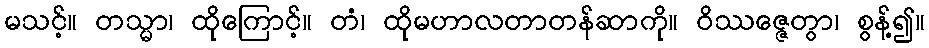
မသင့်။ တသ္မာ၊ ထိုကြောင့်။ တံ၊ ထိုမဟာလတာတန်ဆာကို။ ဝိဿဇ္ဇေတွာ၊ စွန့်၍။